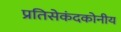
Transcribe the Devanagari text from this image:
प्रतिसेकंदकोनीय